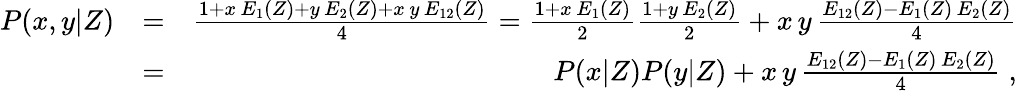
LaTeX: \begin{array}{rlr}{P(x,y|Z)}&{=}&{\frac{1+x\, E_{1}(Z)+y\, E_{2}(Z)+x\, y\, E_{12}(Z)}{4}=\frac{1+x\, E_{1}(Z)}{2}\frac{1+y\, E_{2}(Z)}{2}+x\, y\, \frac{E_{12}(Z)-E_{1}(Z)\, E_{2}(Z)}{4}}\\ &{=}&{P(x|Z)P(y|Z)+x\, y\, \frac{E_{12}(Z)-E_{1}(Z)\, E_{2}(Z)}{4}\; ,}\end{array}